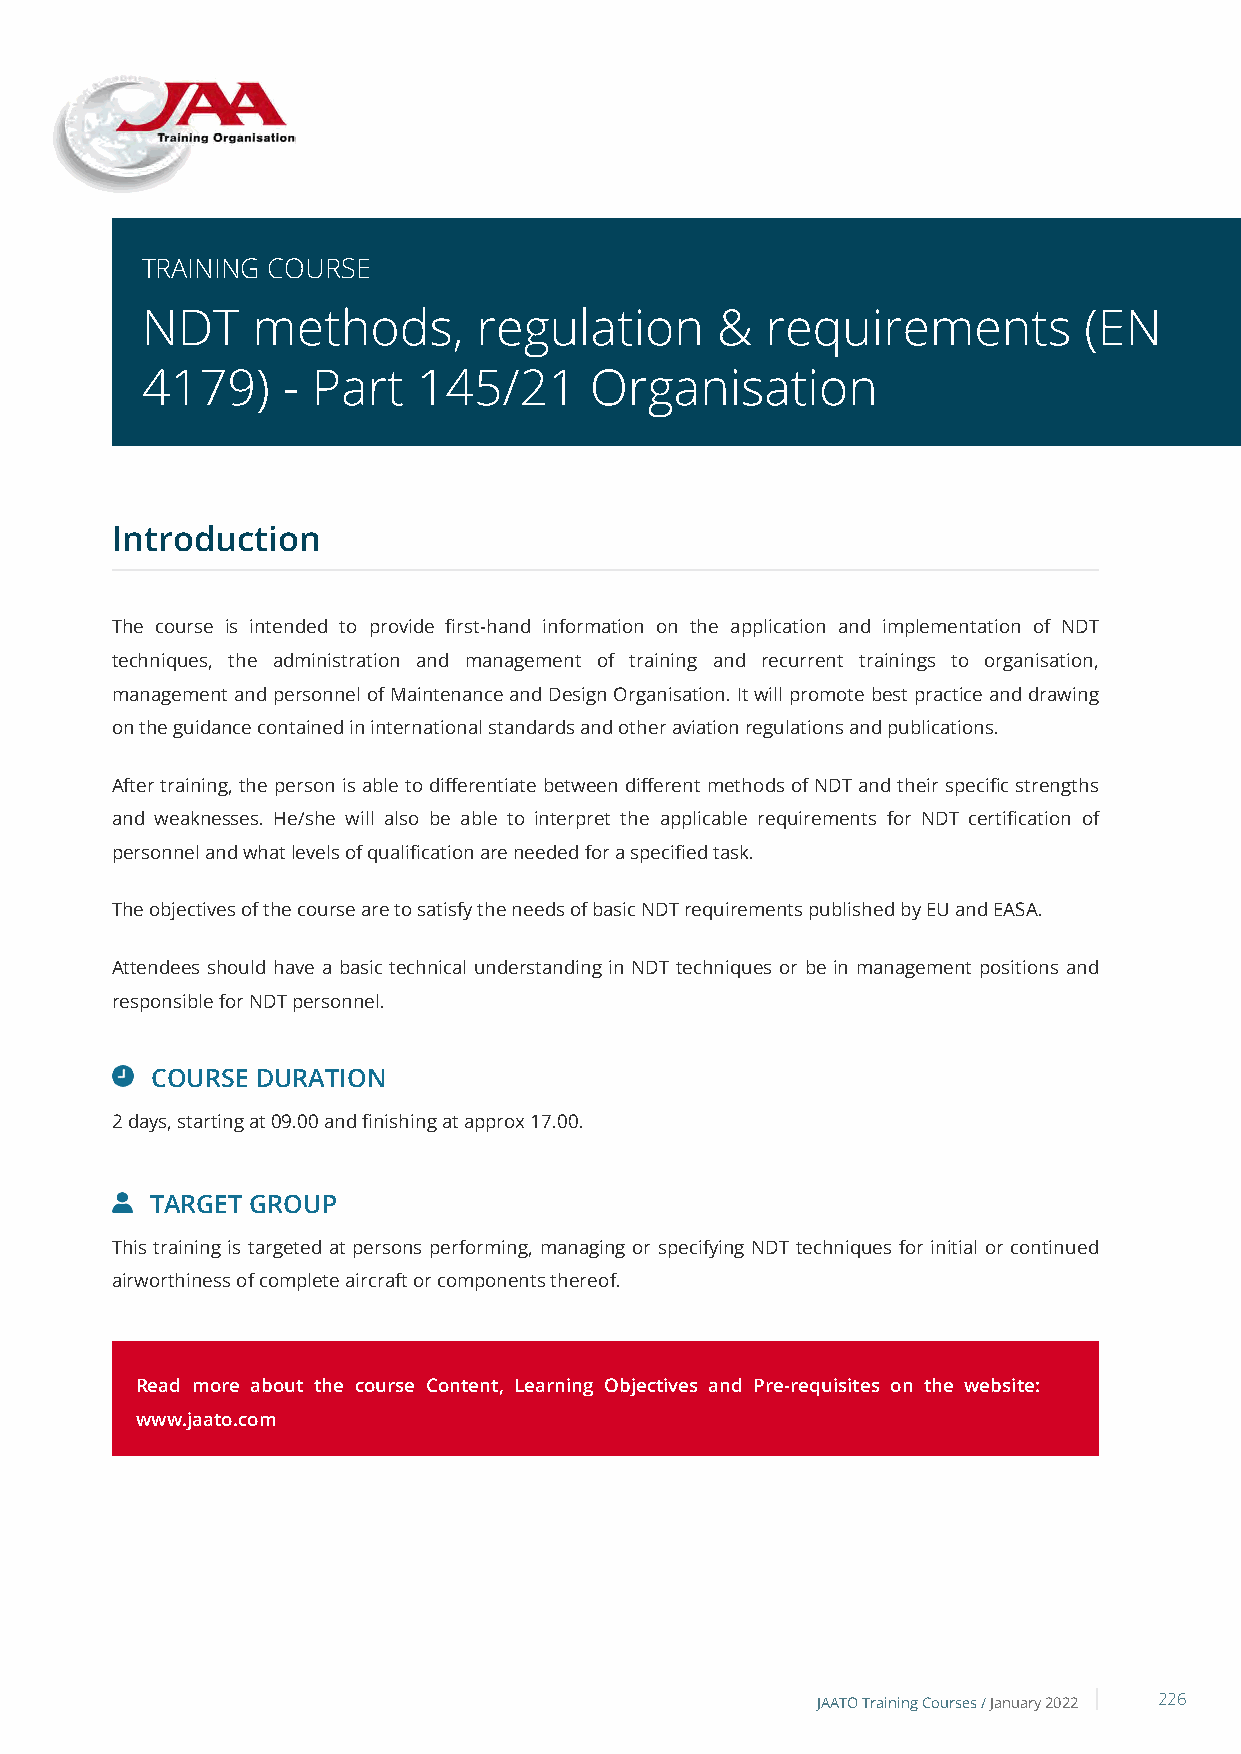
TRAINING COURSE
 NDT     methods,       regulation     &   requirements         (EN
 4179)     - Part   145/21     Organisation
 Introduction
 The course is intended to provide first-hand information on the application and implementation of NDT
 techniques, the administration and management of training and recurrent trainings to organisation,
 management and personnel of Maintenance and Design Organisation. It will promote best practice and drawing
 on the guidance contained in international standards and other aviation regulations and publications.
 After training, the person is able to differentiate between different methods of NDT and their specific strengths
 and weaknesses. He/she will also be able to interpret the applicable requirements for NDT certification of
 personnel and what levels of qualification are needed for a specified task.
 The objectives of the course are to satisfy the needs of basic NDT requirements published by EU and EASA.
 Attendees should have a basic technical understanding in NDT techniques or be in management positions and
 responsible for NDT personnel.
 COURSE DURATION
 2 days, starting at 09.00 and finishing at approx 17.00.
 TARGET GROUP
 This training is targeted at persons performing, managing or specifying NDT techniques for initial or continued
 airworthiness of complete aircraft or components thereof.
 Read more about the course Content, Learning Objectives and Pre-requisites on the website:
 www.jaato.com
 JAATO Training Courses /January 2022 226